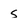
Character: s